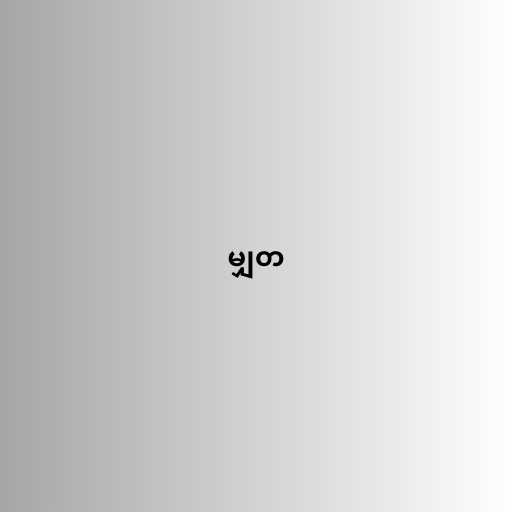
မျှတ